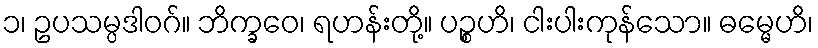
၁၊ ဥပသမ္ပဒါဝဂ်။ ဘိက္ခဝေ၊ ရဟန်းတို့။ ပဉ္စဟိ၊ ငါးပါးကုန်သော။ ဓမ္မေဟိ၊